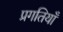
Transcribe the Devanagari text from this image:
प्रगतियाँ